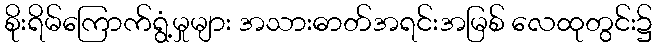
စိုးရိမ်ကြောက်ရွံ့မှုများ အသားဓာတ်အရင်းအမြစ် လေထုတွင်း၌